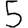
Digit: 5